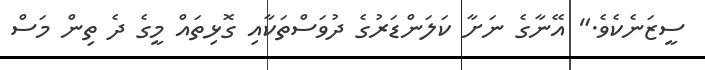
ސީޒަނެކެވެ." އޭނާގެ ނަށާ ކަލަންޑަރުގެ ދުވަސްތަކާއި ގޮޅިތައް މީގެ ދެ ތިން މަސް